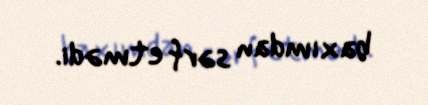
baxımdan sərf etmədi.